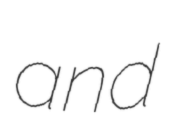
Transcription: and